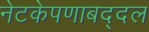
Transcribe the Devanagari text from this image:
नेटकेपणाबद्दल